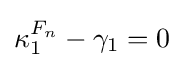
\kappa _{1}^{F_{n}}-\gamma _{1}=0